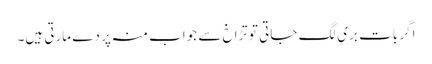
اگر بات بری لگ جاتی تو تڑاخ سے جواب منہ پر دے مارتی ہیں۔